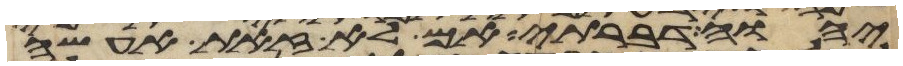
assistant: יהוה דברתי אם לא זאת אעשה